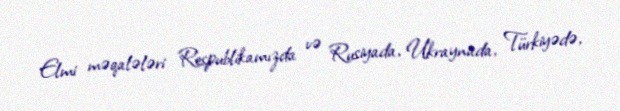
Elmi məqalələri Respublikamızda və Rusiyada, Ukraynada, Türkiyədə,